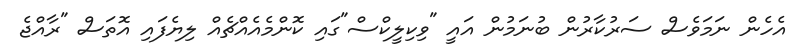
އެހެން ނަމަވެސް ސަރުކާރުން ބުނަމުން އައީ "ވިކިލީކްސް"ގައި ކޮންމެއެއްޗެއް ލިޔެފައި އޮތަސް "ރާއްޖެ